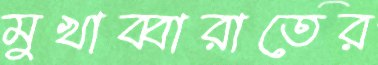
মুখাব্বারাতের